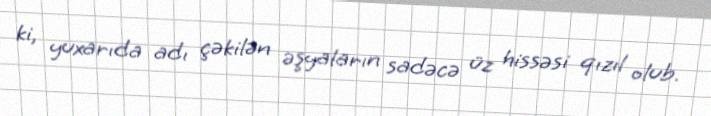
ki, yuxarıda adı çəkilən əşyaların sadəcə üz hissəsi qızıl olub.